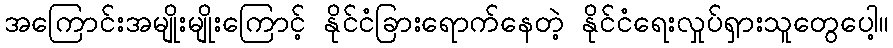
အကြောင်းအမျိုးမျိုးကြောင့် နိုင်ငံခြားရောက်နေတဲ့ နိုင်ငံရေးလှုပ်ရှားသူတွေပေါ့။